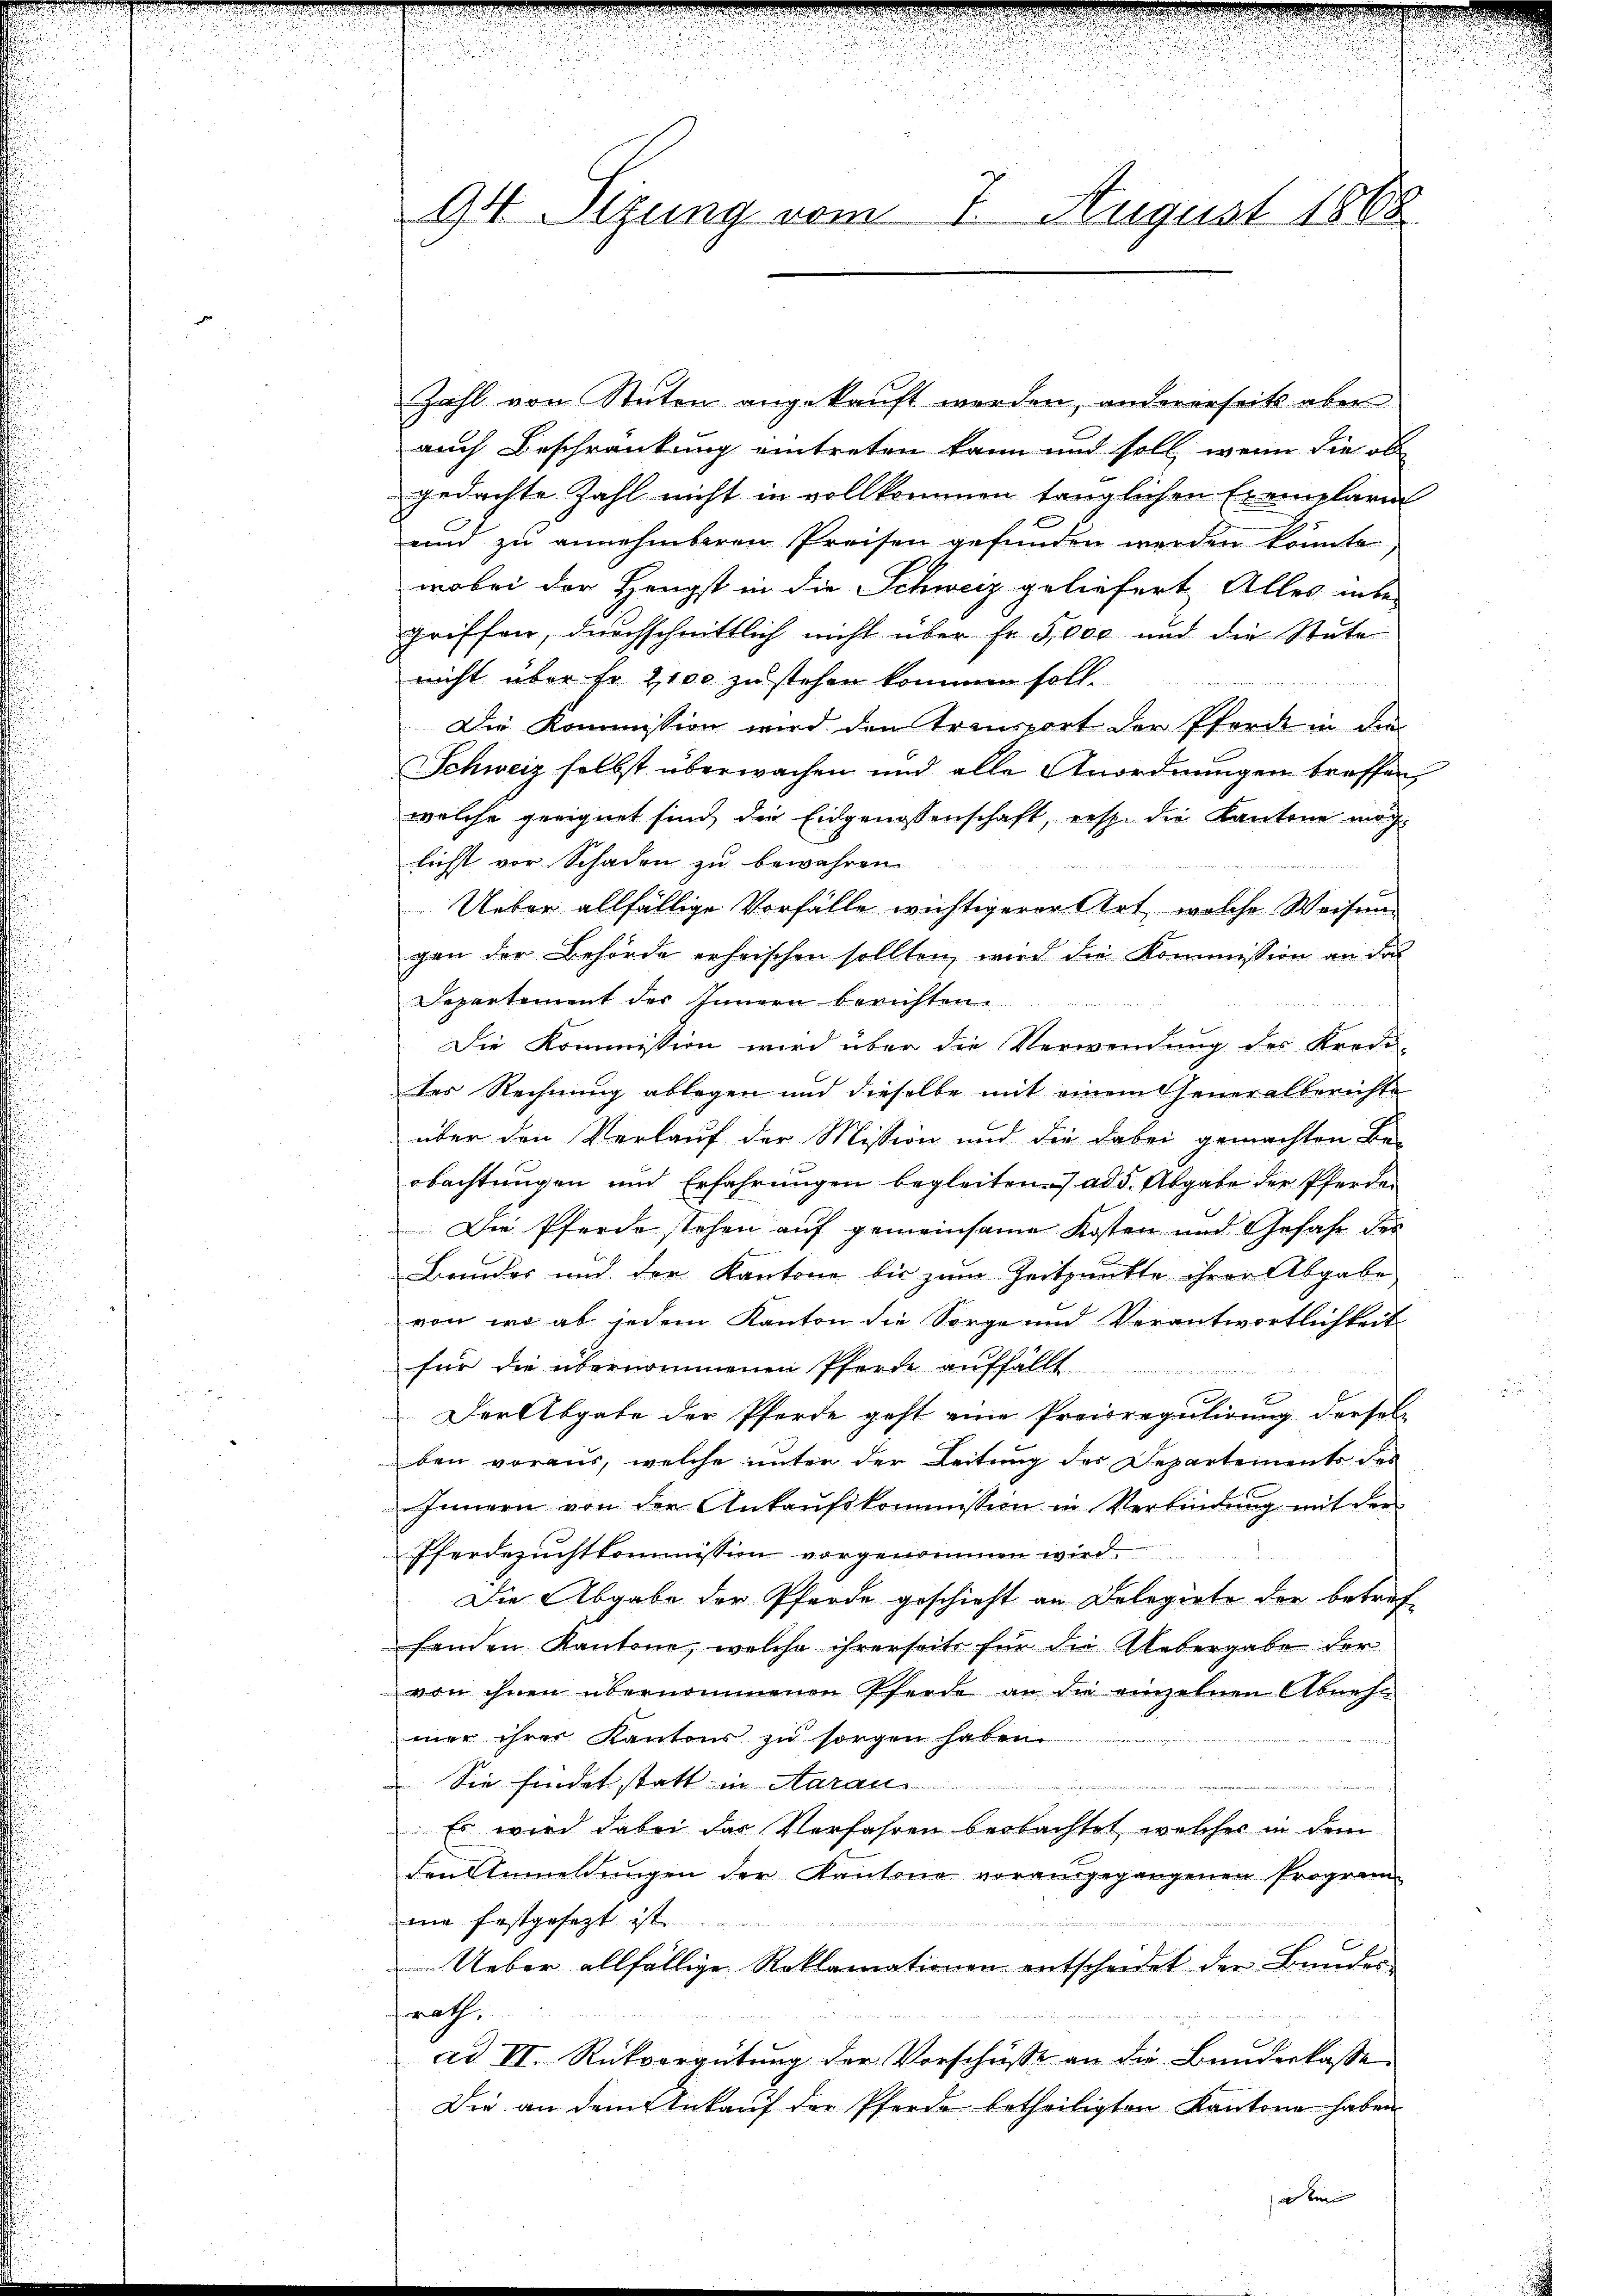
94 Sizung vom
7. August 1868

Zahl von Stuten angekauft werden, andererseits aber
auch Beschränkung eintreten kann und soll, wenn die ob
gedachte Zahl nicht in vollkommen tänglichen Exemplare
und zu annehmbaren Preisen gefunden werden könnte
wobei der Hengst in die Schweiz geliefert Alles unbe-
griffen, durchschnittlich nicht über fr. 5,000 und die Stute
nicht über Fr. 2100 zu stehen kommen soll.
Die Kommission wird den transport der Pferde in die
Schweiz selbst überwachen und alle Anordnungen treffen,
welche geeignet sind, die Eidgenossenschaft, resp. die Kantone möglichst vor Schaden zu bewahren.
Ueber allfällige Vorfälle wichtigerer Art, welche Weisung
gen der Behörde erheischen sollten, wird die Kommission an das
Departement des Innern berichten.
Die Kommission wird über die Verwendung des Kredi
des Rechnung ablegen und dieselbe mit einem Generalberichte
über den Verlauf der Mission und die dabei gemachten Be-
obachtungen und Erfahrungen begleiten. ad 5. Abgabe der Pferden
Die Pferde stehen auf gemeinsame Kosten und Gefahr des
Bauder und der Kantone bis zum Zeitpunkte ihrer Abgabe
von wo ab jedem Kanton die Sorge und Verantwortlichkeit
für die übernommenen Pforte auffällt
E
Der Abgabe der Pferde geht eine Preisregulirung dersel
ben voraus, welche unter der Leitung des Departements des
Innern von der Ankaŭfskommission in Verbindŭng mit der
Pferdezuchtkommission vorgenommen wird.
Die Abgabe der Pferde geschieht an Delegiete der betreffenden Kantone, welche ihrerseits für die Uebergabe der
von ihnen übernommenen Pferde an die einzelnen Abnehr
mer ihrer Kantons zu sorgen haben
 Sie findet statt in Aarau
Es wird dabei der Verfahren beobachtet welcher in dem
den Anmeldŭngen der Kantone vorausgegangenen Program
ne festgesezt ist.
Ueber allfällige Reklamationen entscheidet der Bundes-
rath,
ad II. Rückvergütung der Vorschüsse an die Bunderlasse
Die an dem Ankauf der Pferde betheiligten Kantone haben
a ein